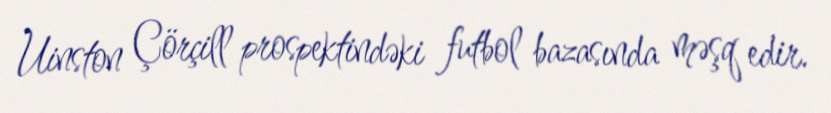
Uinston Çörçill prospektindəki futbol bazasında məşq edir.